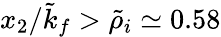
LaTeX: x_{2}/\tilde{k}_{f}>\tilde{\rho}_{i}\simeq 0.58